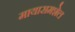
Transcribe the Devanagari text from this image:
मायारामशेल